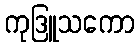
ကုဒြူသကော